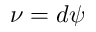
\nu = d \psi